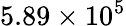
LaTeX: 5.89\times 10^{5}